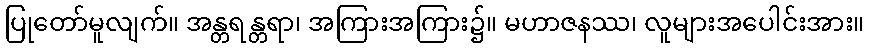
ပြုတော်မူလျက်။ အန္တရန္တရာ၊ အကြားအကြား၌။ မဟာဇနဿ၊ လူများအပေါင်းအား။